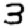
Digit: 3